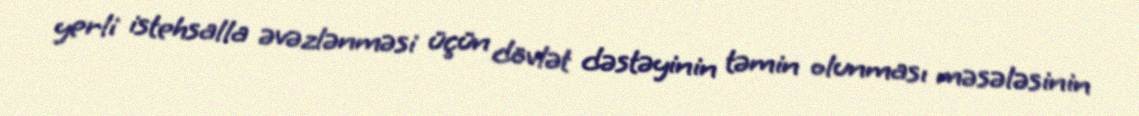
yerli istehsalla əvəzlənməsi üçün dövlət dəstəyinin təmin olunması məsələsinin